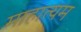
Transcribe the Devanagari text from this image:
माहात्यम